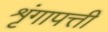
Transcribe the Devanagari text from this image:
शृंगापत्ती